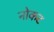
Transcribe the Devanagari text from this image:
नोकट